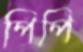
পিপি